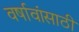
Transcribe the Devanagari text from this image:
वर्षावांसाठी